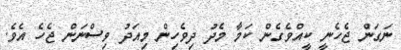
ނަގަން ޖެހެނީ ކީއްވެގެން ކަމާ މެދު ދިވެހިން މިއަދު ވިސްނަން ޖެހެ އެވެ.